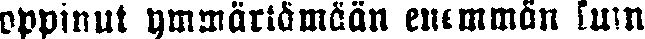
oppinut ymmärtämään enimmän kuin